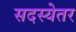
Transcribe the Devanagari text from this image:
सदस्येतर